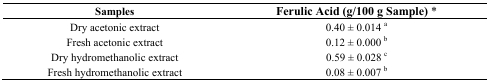
<table><thead><tr><td><b>Samples</b></td><td><b>Ferulic Acid (g/100 g Sample) *</b></td></tr></thead><tbody><tr><td>Dry acetonic extract</td><td>0.40 ± 0.014 <sup>a</sup></td></tr><tr><td>Fresh acetonic extract</td><td>0.12 ± 0.000 <sup>b</sup></td></tr><tr><td>Dry hydromethanolic extract</td><td>0.59 ± 0.028 <sup>c</sup></td></tr><tr><td>Fresh hydromethanolic extract</td><td>0.08 ± 0.007 <sup>b</sup></td></tr></tbody></table>